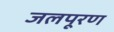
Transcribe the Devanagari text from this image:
जलपूरण